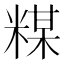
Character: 𱹍